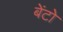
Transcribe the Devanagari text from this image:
बेंटो